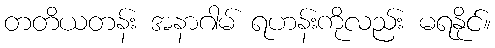
တတိယတန်း အနာဂါမ် ရဟန်းကိုလည်း မရနိုင်။